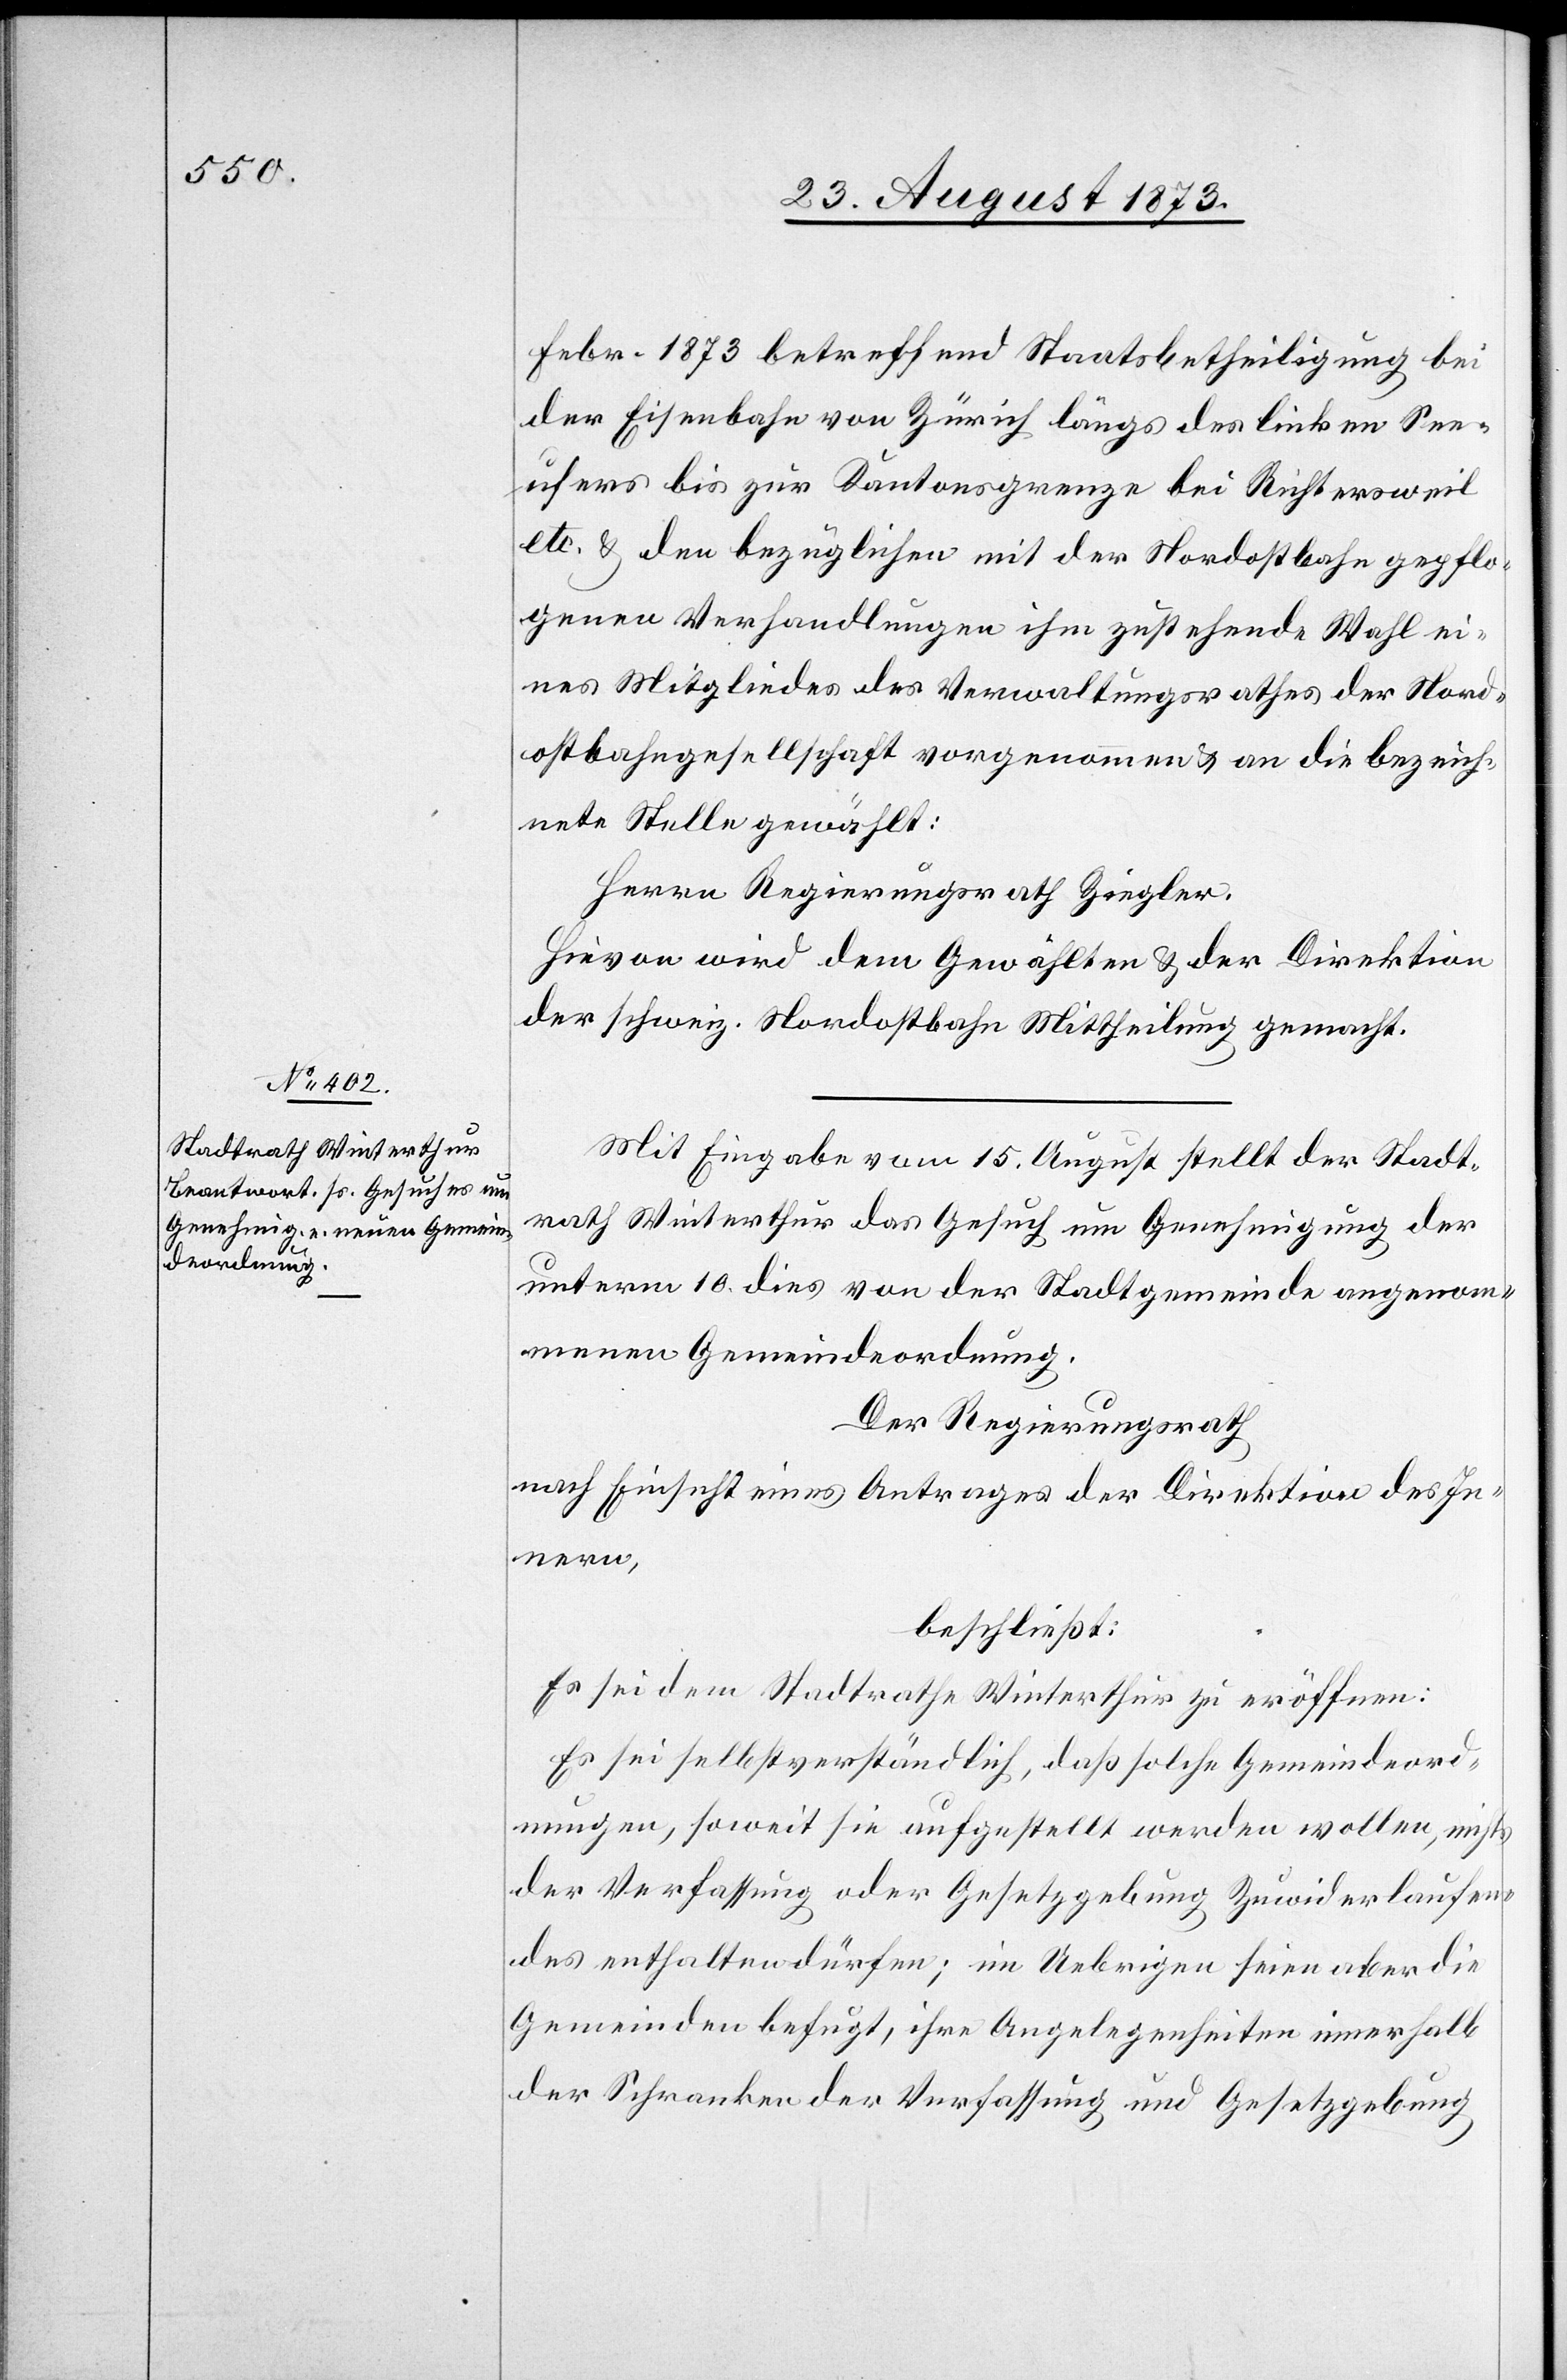
Febr. 1873 betreffend Staatsbetheiligung bei
der Eisenbahn von Zürich längs des linken See¬
ufers bis zur Kantonsgrenze bei Richtersweil
etc. & den bezüglichen mit der Nordostbahn gepflo¬
genen Verhandlungen ihm zustehende Wahl ei¬
nes Mitgliedes des Verwaltungsrathes der Nord¬
ostbahngesellschaft vorgenommen & an die bezeich¬
nete Stelle gewählt:
Herrn Regierungsrath Ziegler.
Hievon wird dem Gewählten & der Direktion
der schweiz. Nordostbahn Mittheilung gemacht.
Mit Eingabe vom 15. August stellt der Stadt¬
rath Winterthur das Gesuch um Genehmigung der
unterm 10. dies von der Stadtgemeinde angenom¬
menen Gemeindeordnung.
Der Regierungsrath
nach Einsicht eines Antrages der Direktion des In¬
nern,
beschließt:
Es sei dem Stadtrathe Winterthur zu eröffnen:
Es sei selbstverständlich, daß solche Gemeindeord¬
nungen, soweit sie aufgestellt werden wollen, nichts
der Verfassung oder Gesetzgebung Zuwiderlaufen¬
des enthalten dürfen; im Uebrigen seien aber die
Gemeinden befugt, ihre Angelegenheiten innerhalb
der Schranken der Verfassung und Gesetzgebung